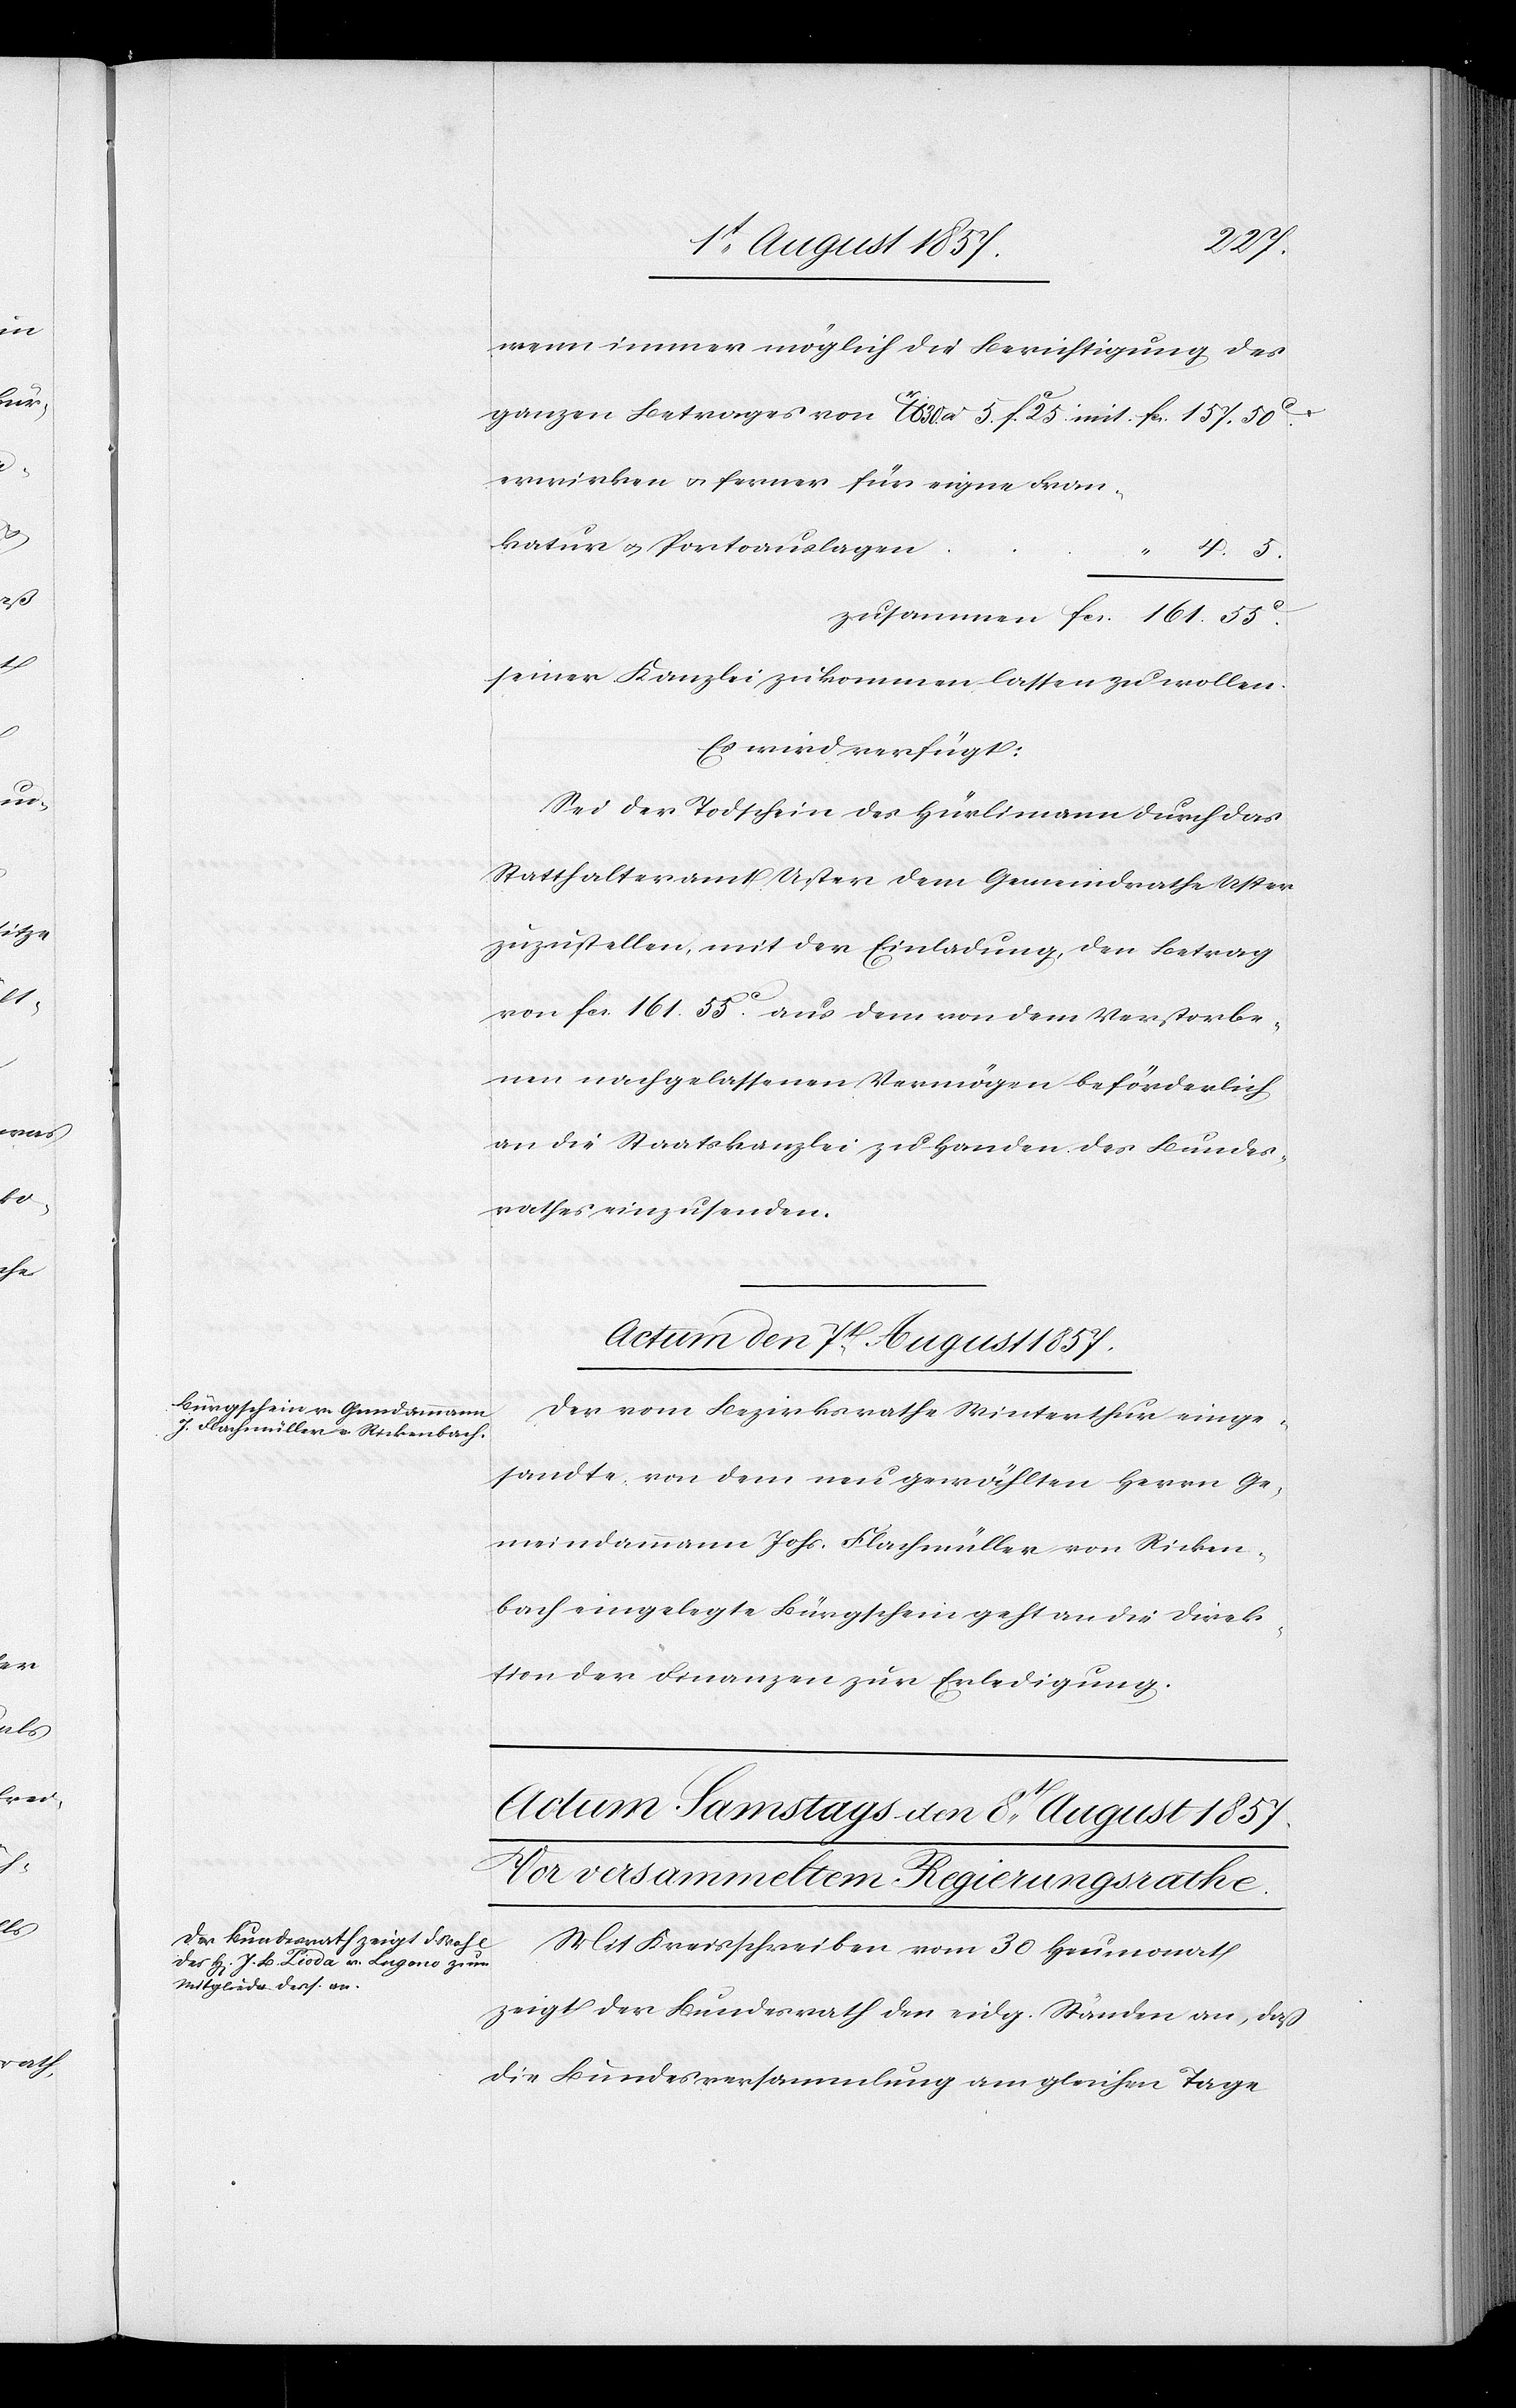
rathes
wenn immer möglich die Berichtigung des
ganzen Betrages von lb 30c 5 fc 25 mit 			fcs 157. 50c
erwirken & ferner für eigene Fran¬
zusammen fcs. 161.55c
seiner Kanzlei zukommen lassen zu wollen.
Es wird verfügt:
Sei der Todschein des Hürlimann durch das
Statthalteramt Uster dem Gemeindrathe Uster
zuzustellen, mit der Einladung, den Betrag
von fcs. 161. 55c aus dem von dem Verstorbe¬
nen nachgelassenen Vermögen beförderlich
an die Staatskanzlei zu Handen des Bundes¬
Actum den 7t August 1857.
Der vom Bezirksrathe Winterthur einge¬
sandte von dem neu gewählten Herrn Ge¬
meindammann Johs. Flachmüller von Ricken¬
bach eingelegte Bürgschein geht an die Direk¬
tion der Finanzen zur Erledigung.
Mit Kreisschreiben vom 30 Heumonat
zeigt der Bundesrath den eidg. Ständen an, daß
die Bundesversammlung am gleichen Tage